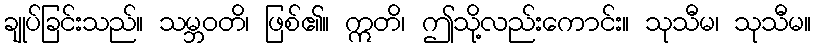
ချုပ်ခြင်းသည်။ သမ္ဘဝတိ၊ ဖြစ်၏။ ဣတိ၊ ဤသို့လည်းကောင်း။ သုသီမ၊ သုသီမ။